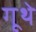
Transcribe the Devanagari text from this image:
गूथे